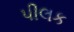
પીલક